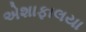
એશાફાલયા